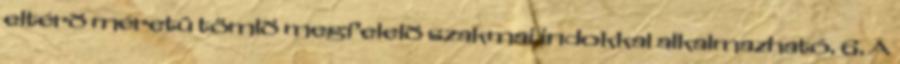
eltérõ méretû tömlõ megfelelõ szakmai indokkal alkalmazható. 6. A